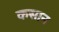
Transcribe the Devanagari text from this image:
कसान